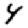
Digit: 4